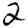
Digit: 2